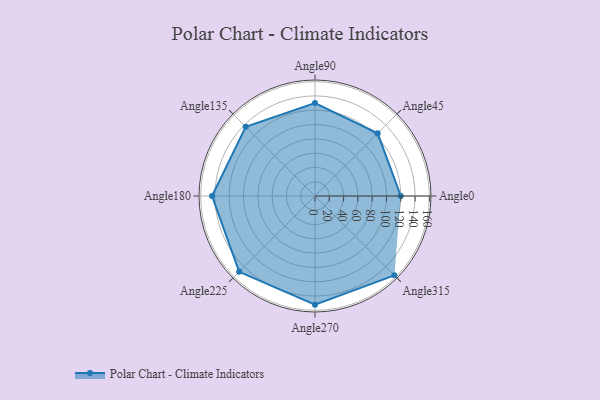
{"axis": {"x": "Angle", "y": "Radius"}, "legend": [""], "data": [{"x": "Angle0", "y": 120.0, "type": ""}, {"x": "Angle45", "y": 124.0, "type": ""}, {"x": "Angle90", "y": 130.0, "type": ""}, {"x": "Angle135", "y": 137.0, "type": ""}, {"x": "Angle180", "y": 144.0, "type": ""}, {"x": "Angle225", "y": 150.0, "type": ""}, {"x": "Angle270", "y": 152.0, "type": ""}, {"x": "Angle315", "y": 157.0, "type": ""}]}